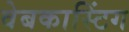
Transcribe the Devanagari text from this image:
वेबकास्टिंग